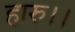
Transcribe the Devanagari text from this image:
हारु।।